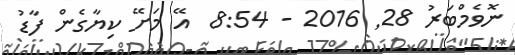
ނޮވެމްބަރު 28